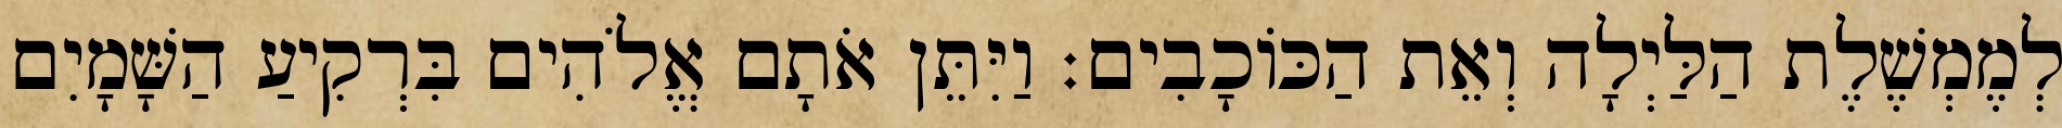
לְמֶמְשֶׁלֶת הַלַּיְלָה וְאֵת הַכֹּוכָבִים׃ וַיִּתֵּן אֹתָם אֱלֹהִים בִּרְקִיעַ הַשָּׁמָיִם